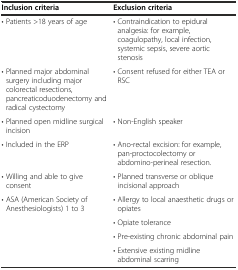
| Inclusion criteria | Exclusion criteria |
 | --- | --- |
 | • Patients >18 years of age | • Contraindication to epidural analgesia: for example, coagulopathy, local infection, systemic sepsis, severe aortic stenosis |
 | • Planned major abdominal surgery including major colorectal resections, pancreaticoduodenectomy and radical cystectomy | • Consent refused for either TEA or RSC |
 | • Planned open midline surgical incision | • Non-English speaker |
 | • Included in the ERP | • Ano-rectal excision: for example, pan-proctocolectomy or abdomino-perineal resection. |
 | • Willing and able to give consent | • Planned transverse or oblique incisional approach |
 | • ASA (American Society of Anesthesiologists) 1 to 3 | • Allergy to local anaesthetic drugs or opiates |
 |  | • Opiate tolerance |
 |  | • Pre-existing chronic abdominal pain |
 |  | • Extensive existing midline abdominal scarring |